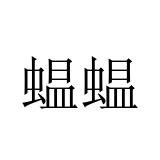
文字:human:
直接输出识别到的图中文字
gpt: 蝹蝹